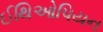
ઈથિઓપિયન